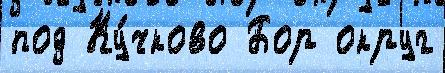
под Ку́чково Бор округ